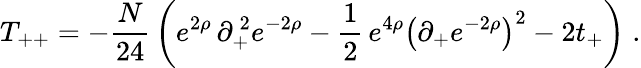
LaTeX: T_{++}=-{\frac{N}{24}}\left(e^{2\rho}\, \partial_{+}^{\, 2}e^{-2\rho}-{\frac{1}{2}}\, e^{4\rho}{\left(\partial_{+}e^{-2\rho}\right)}^{2}-2t_{+}\right)\; .